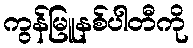
ကွန်မြူနစ်ပါတီကို